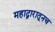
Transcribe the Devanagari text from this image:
महाद्वारातूनच